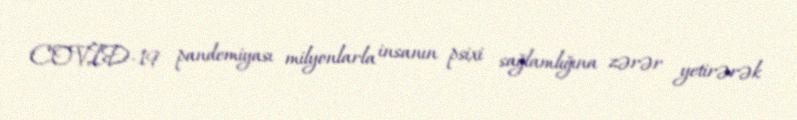
COVID-19 pandemiyası milyonlarla insanın psixi sağlamlığına zərər yetirərək